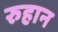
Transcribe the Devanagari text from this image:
रुहान